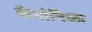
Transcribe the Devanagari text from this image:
कैनोनिका